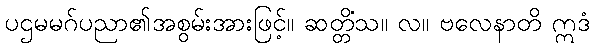
ပဌမမဂ်ပညာ၏အစွမ်းအားဖြင့်။ ဆတ္တိံသ။ လ။ ဗလေနာတိ ဣဒံ